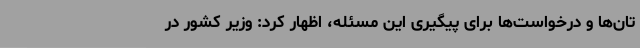
تان‌ها و درخواست‌ها برای پیگیری این مسئله، اظهار کرد: وزیر کشور در